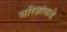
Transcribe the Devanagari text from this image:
वरिष्ठांकडे